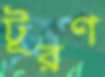
টূরণ